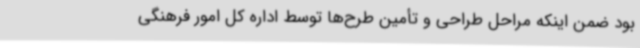
بود ضمن اینکه مراحل طراحی و تأمین طرح‌ها توسط اداره کل امور فرهنگی